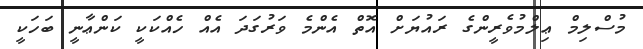
މުސްލިމް ޢިލްމުވެރީންގެ ރައުޔަށް އޮތް އެންމެ ވަރުގަދަ އެއް ހެއްކަކީ ކަންޢާނީ ބަހަކީ